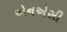
એનએસી